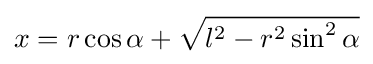
x=r\cos \alpha +{\sqrt {l^{2}-r^{2}\sin ^{2}\alpha }}